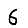
Digit: 6